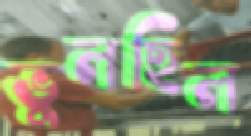
ভুলছিল